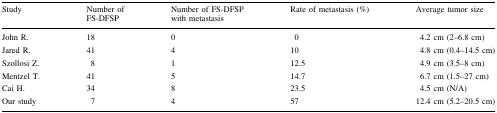
<table><thead><tr><td><b>Study</b></td><td><b>Number of FS-DFSP</b></td><td><b>Number of FS-DFSP with metastasis</b></td><td><b>Rate of metastasis (%)</b></td><td><b>Average tumor size</b></td></tr></thead><tbody><tr><td>John R.</td><td>18</td><td>0</td><td>0</td><td>4.2 cm (2–6.8 cm)</td></tr><tr><td>Jared R.</td><td>41</td><td>4</td><td>10</td><td>4.8 cm (0.4–14.5 cm)</td></tr><tr><td>Szollosi Z.</td><td>8</td><td>1</td><td>12.5</td><td>4.9 cm (3.5–8 cm)</td></tr><tr><td>Mentzel T.</td><td>41</td><td>5</td><td>14.7</td><td>6.7 cm (1.5–27 cm)</td></tr><tr><td>Cai H.</td><td>34</td><td>8</td><td>23.5</td><td>4.5 cm (N/A)</td></tr><tr><td>Our study</td><td>7</td><td>4</td><td>57</td><td>12.4 cm (5.2–20.5 cm)</td></tr></tbody></table>